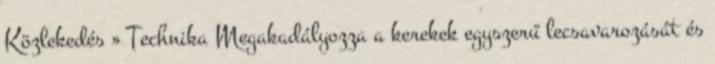
Közlekedés » Technika Megakadályozza a kerekek egyszerű lecsavarozását és